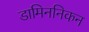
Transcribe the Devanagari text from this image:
डामिननिकन